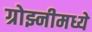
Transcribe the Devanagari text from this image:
ग्रोझ्नीमध्ये